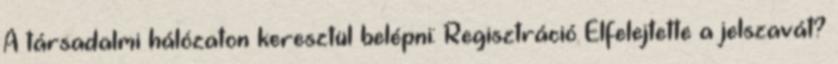
A társadalmi hálózaton keresztül belépni: Regisztráció Elfelejtette a jelszavát?